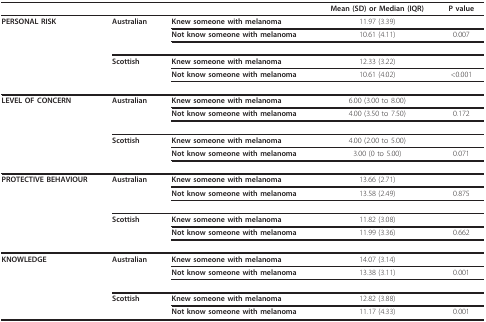
<table><thead><tr><td></td><td></td><td></td><td><b>Mean (SD) or Median (IQR)</b></td><td><b>P value</b></td></tr></thead><tbody><tr><td><b>PERSONAL RISK</b></td><td><b>Australian</b></td><td><b>Knew someone with melanoma</b></td><td>11.97 (3.39)</td><td></td></tr><tr><td></td><td></td><td><b>Not know someone with melanoma</b></td><td>10.61 (4.11)</td><td>0.007</td></tr><tr><td></td><td><b>Scottish</b></td><td><b>Knew someone with melanoma</b></td><td>12.33 (3.22)</td><td></td></tr><tr><td></td><td></td><td><b>Not know someone with melanoma</b></td><td>10.61 (4.02)</td><td>&lt;0.001</td></tr><tr><td><b>LEVEL OF CONCERN</b></td><td><b>Australian</b></td><td><b>Knew someone with melanoma</b></td><td>6.00 (3.00 to 8.00)</td><td></td></tr><tr><td></td><td></td><td><b>Not know someone with melanoma</b></td><td>4.00 (3.50 to 7.50)</td><td>0.172</td></tr><tr><td></td><td><b>Scottish</b></td><td><b>Knew someone with melanoma</b></td><td>4.00 (2.00 to 5.00)</td><td></td></tr><tr><td></td><td></td><td><b>Not know someone with melanoma</b></td><td>3.00 (0 to 5.00)</td><td>0.071</td></tr><tr><td><b>PROTECTIVE BEHAVIOUR</b></td><td><b>Australian</b></td><td><b>Knew someone with melanoma</b></td><td>13.66 (2.71)</td><td></td></tr><tr><td></td><td></td><td><b>Not know someone with melanoma</b></td><td>13.58 (2.49)</td><td>0.875</td></tr><tr><td></td><td><b>Scottish</b></td><td><b>Knew someone with melanoma</b></td><td>11.82 (3.08)</td><td></td></tr><tr><td></td><td></td><td><b>Not know someone with melanoma</b></td><td>11.99 (3.36)</td><td>0.662</td></tr><tr><td><b>KNOWLEDGE</b></td><td><b>Australian</b></td><td><b>Knew someone with melanoma</b></td><td>14.07 (3.14)</td><td></td></tr><tr><td></td><td></td><td><b>Not know someone with melanoma</b></td><td>13.38 (3.11)</td><td>0.001</td></tr><tr><td></td><td><b>Scottish</b></td><td><b>Knew someone with melanoma</b></td><td>12.82 (3.88)</td><td></td></tr><tr><td></td><td></td><td><b>Not know someone with melanoma</b></td><td>11.17 (4.33)</td><td>0.001</td></tr></tbody></table>